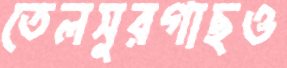
তেলসুরগাছও